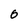
Character: 0